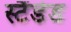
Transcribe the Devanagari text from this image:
स्टैंर्डड